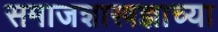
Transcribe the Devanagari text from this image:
समाजशास्त्रज्ञाच्या